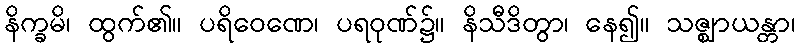
နိက္ခမိ၊ ထွက်၏။ ပရိဝေဏေ၊ ပရဝုဏ်၌။ နိသီဒိတွာ၊ နေ၍။ သဇ္ဈာယန္တာ၊